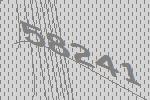
58241